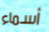
أسماء